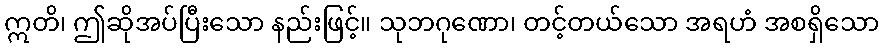
ဣတိ၊ ဤဆိုအပ်ပြီးသော နည်းဖြင့်။ သုဘဂုဏော၊ တင့်တယ်သော အရဟံ အစရှိသော